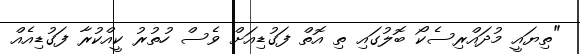
"ތިޔައީ މުދައްރިސެކޯ ބޮލުގައި ތި އޮތް ފަގުޑިއަށް ވެސް ހުތުރު ކީއްކުރާ ފަގުޑިއެއް